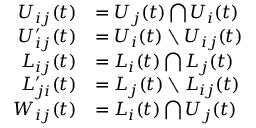
\begin{array} { r l } { U _ { i j } ( t ) } & { = U _ { j } ( t ) \bigcap U _ { i } ( t ) } \\ { U _ { i j } ^ { \prime } ( t ) } & { = U _ { i } ( t ) \setminus U _ { i j } ( t ) } \\ { L _ { i j } ( t ) } & { = L _ { i } ( t ) \bigcap L _ { j } ( t ) } \\ { L _ { j i } ^ { \prime } ( t ) } & { = L _ { j } ( t ) \setminus L _ { i j } ( t ) } \\ { W _ { i j } ( t ) } & { = L _ { i } ( t ) \bigcap U _ { j } ( t ) } \end{array}